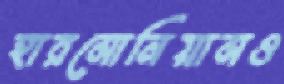
হারমোনিয়ামও